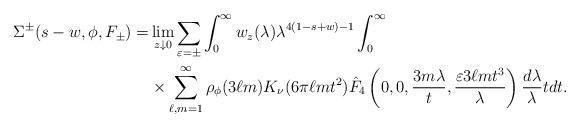
LaTeX: \begin{align*} \Sigma^{\pm}(s-w, \phi, F_{\pm})=&\lim_{z \downarrow 0} \sum_{\varepsilon = \pm } \int_0^\infty w_z(\lambda)\lambda^{4(1-s+w)-1} \int_0^\infty\\ &\times \sum_{\ell, m=1}^\infty \rho_\phi(3\ell m)K_\nu(6\pi \ell m t^2)\hat{F}_4\left(0,0, \frac{3m\lambda}{t}, \frac{\varepsilon 3\ell m t^3}{\lambda} \right)\frac{d\lambda}{\lambda} tdt.\end{align*}